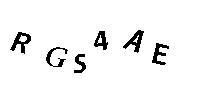
RGS4AE